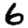
Digit: 6